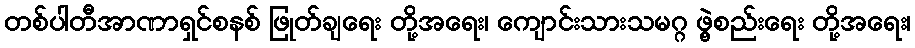
တစ်ပါတီအာဏာရှင်စနစ် ဖြုတ်ချရေး တို့အရေး၊ ကျောင်းသားသမဂ္ဂ ဖွဲ့စည်းရေး တို့အရေး၊